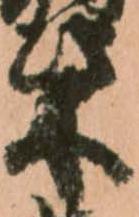
柴